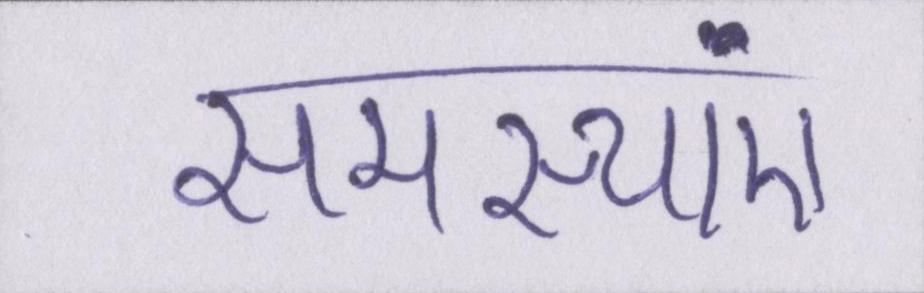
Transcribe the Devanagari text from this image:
समस्याएं